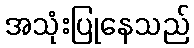
အသုံးပြုနေသည်